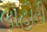
લાહૌરી